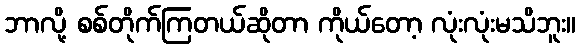
ဘာလို့ စစ်တိုက်ကြတယ်ဆိုတာ ကိုယ်တော့ လုံးလုံးမသိဘူး။